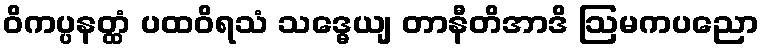
ဝိကပ္ပနတ္ထံ ပထဝိရသံ သဒ္ဓေယျ တာနီတိအာဒိ ဩမကပညော